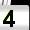
Digit: 4